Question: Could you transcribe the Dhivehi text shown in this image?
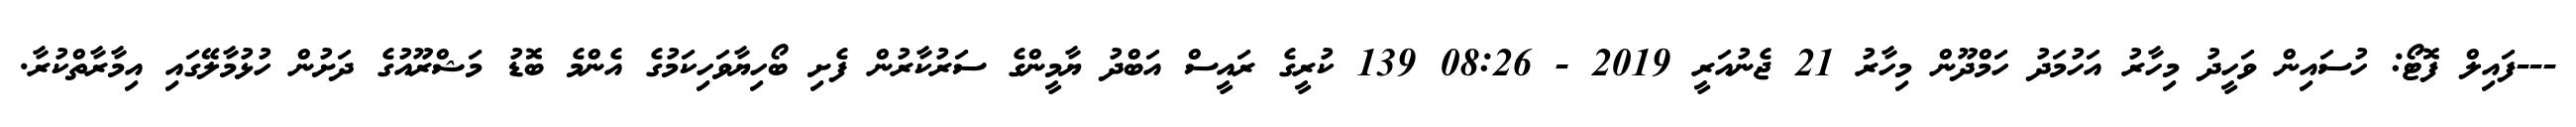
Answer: ---ފައިލް ފޮޓޯ: ހުސައިން ވަހީދު މިހާރު އަހުމަދު ހަމްދޫން މިހާރު 21 ޖެނުއަރީ 2019 - 08:26 139 ކުރީގެ ރައީސް އަބްދު ޔާމީންގެ ސަރުކާރުން ފެށި ބޯހިޔާވަހިކަމުގެ އެންމެ ބޮޑު މަޝްރޫއުގެ ދަށުން ހުޅުމާލޭގައި އިމާރާތްކުރާ.